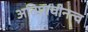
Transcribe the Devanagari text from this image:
अतिप्राचीनत्व